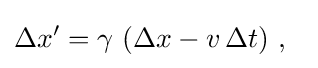
\Delta x'=\gamma \ (\Delta x-v\,\Delta t)\ ,\ \